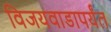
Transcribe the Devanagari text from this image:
विजयवाडापर्यंत